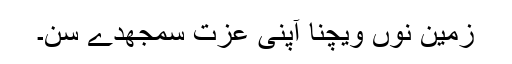
زمین نوں ویچنا آپنی عزت سمجھدے سن۔